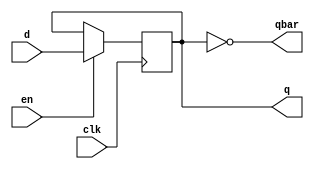
// A posedge-triggered d flip-flop with synchronous enable used in my jeff_74x377.

module d_flip_flop_pos_edge_sync_en_behavioral (
    input       clk,        // Clock
    input       en,         // Enable
    input       d,          // Data
    output reg  q,          // Output
    output      qbar);      //

    assign qbar = ~q;

    // D FLIP-FLOP WITH SYNC ENABLE
    always @ (posedge clk) begin
        if (en) begin
            q <= d;
        end else begin
            q <= q;
        end
    end

endmodule